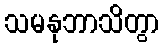
သမနုဘာသိတွာ